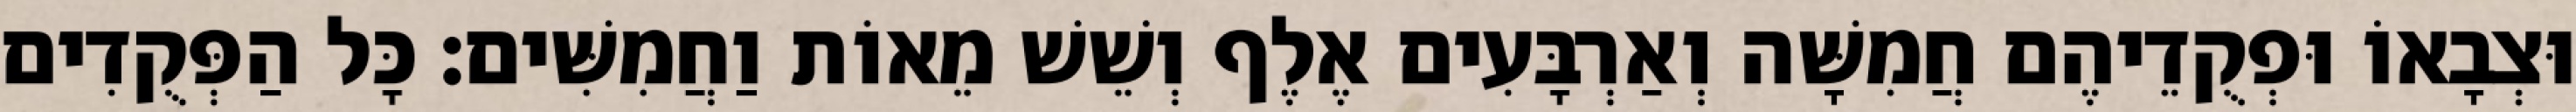
וּצְבָאוֹ וּפְקֻדֵיהֶם חֲמִשָּׁה וְאַרְבָּעִים אֶלֶף וְשֵׁשׁ מֵאוֹת וַחֲמִשִּׁים׃ כָּל הַפְּקֻדִים